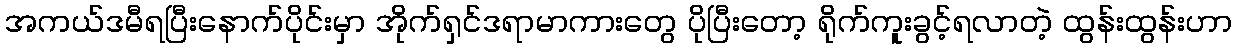
အကယ်ဒမီရပြီးနောက်ပိုင်းမှာ အိုက်ရှင်ဒရာမာကားတွေ ပိုပြီးတော့ ရိုက်ကူးခွင့်ရလာတဲ့ ထွန်းထွန်းဟာ